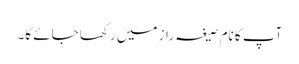
آپ کا نام صیغہ راز میں رکھا جائے گا۔